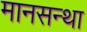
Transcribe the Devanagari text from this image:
मानसन्था